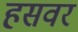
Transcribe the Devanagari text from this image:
हसवर